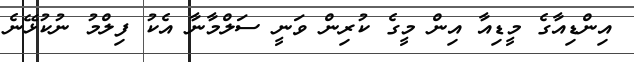
އިންޑިއާގެ މީޑިއާ އިން މީގެ ކުރިން ވަނީ ސަލްމާނާ އެކު ފިލްމު ނުކުޅޭނެ